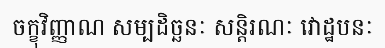
ចក្ខុវិញ្ញាណ សម្បដិច្ឆនៈ សន្តិរណៈ វោដ្ឋបនៈ